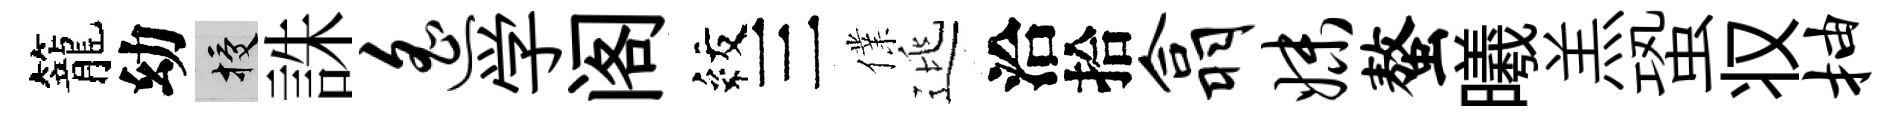
籠幼授誅遥学阁紋三㒒逃洽拾翕妹螯曦羔蛩𠬧抽